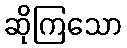
ဆိုကြသော